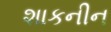
શાકનીન